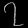
Digit: ၇